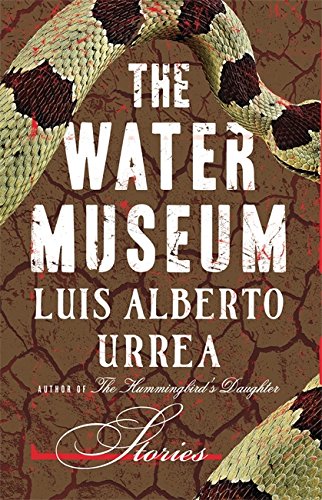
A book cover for The Water Museum: Stories; Luis Alberto Urrea; Literature & Fiction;